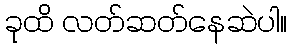
ခုထိ လတ်ဆတ်နေဆဲပါ။